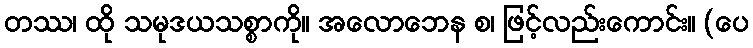
တဿ၊ ထို သမုဒယသစ္စာကို။ အလောဘေန စ၊ ဖြင့်လည်းကောင်း။ (ပေ